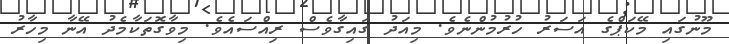
މޫނުގައި މޭކަޕްގެ އަސަރު ހުރުމުންނެވެ. މިއަދު ގައިގާވެސް ރިއްސައެވެ. މިވާގޮތަކާމެދު އޭނާ މިހާރު